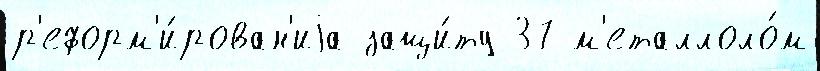
р'еформ'и́рован'иjа защи́ту 37 м'еталлоло́м